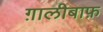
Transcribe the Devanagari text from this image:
ग़ालीबाफ़